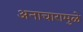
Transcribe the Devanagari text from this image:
अनाचारामुळे